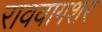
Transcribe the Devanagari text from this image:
राववागशर